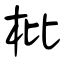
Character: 枇